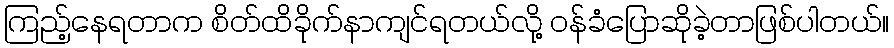
ကြည့်နေရတာက စိတ်ထိခိုက်နာကျင်ရတယ်လို့ ဝန်ခံပြောဆိုခဲ့တာဖြစ်ပါတယ်။